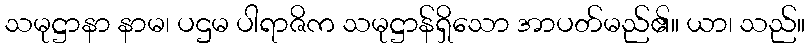
သမုဋ္ဌာနာ နာမ၊ ပဌမ ပါရာဇိက သမုဋ္ဌာန်ရှိသော အာပတ်မည်၏။ ယာ၊ သည်။